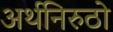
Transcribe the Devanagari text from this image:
अर्थनिरुठो